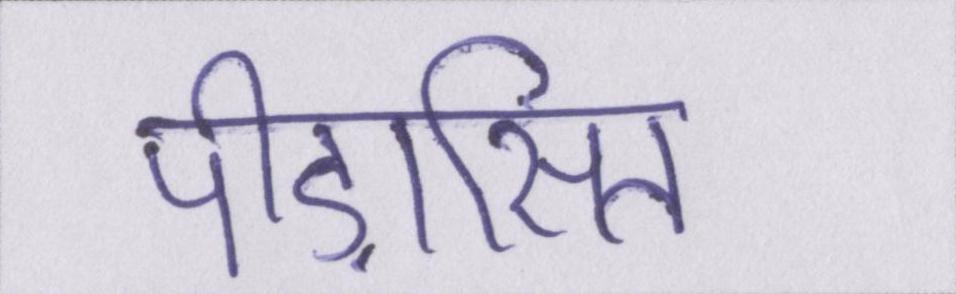
पीड़ासित